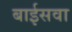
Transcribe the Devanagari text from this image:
बाईसवा